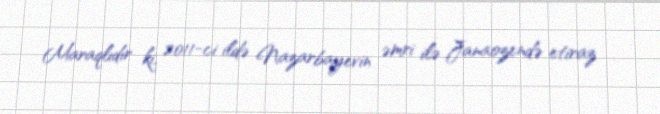
Maraqlıdır ki, 2011-ci ildə Nazarbayevin əmri ilə Janaozendə etiraz